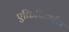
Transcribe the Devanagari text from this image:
एकिपिट्राईडा